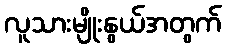
လူသားမျိုးနွယ်အတွက်